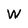
Character: W